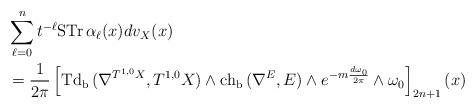
LaTeX: \begin{align*} &\sum^n_{\ell=0}t^{-\ell}\mathrm{STr\,}\alpha_\ell(x)dv_X(x) \\&=\frac{1}{2\pi}\left[\mathrm{Td_b\,}(\nabla^{T^{1,0}X},T^{1,0}X)\wedge\mathrm{ch_b\,}(\nabla^{E},E)\wedge e^{-m\frac{d\omega_0}{2\pi}}\wedge\omega_0\right]_{2n+1}(x)\end{align*}